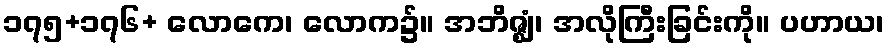
၁၇၅+၁၇၆+ လောကေ၊ လောက၌။ အဘိဇ္ဈံ၊ အလိုကြီးခြင်းကို။ ပဟာယ၊